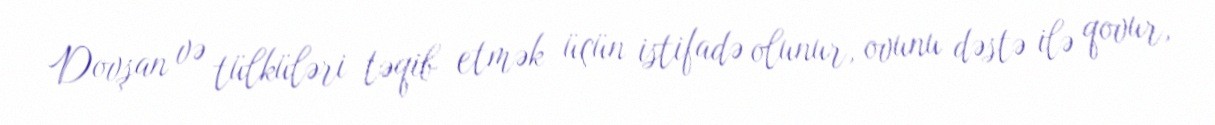
Dovşan və tülküləri təqib etmək üçün istifadə olunur, ovunu dəstə ilə qovur,